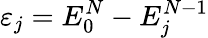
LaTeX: \varepsilon_{j}=E_{0}^{N}-E_{j}^{N-1}